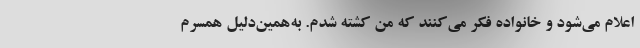
اعلام می‌شود و خانواده فکر می‌کنند که من کشته شدم. به‌همین‌دلیل همسرم